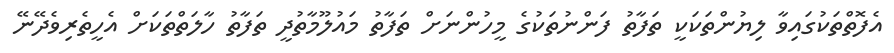
އެފޮތްތަކުގައިވާ ލިޔުންތަކަކީ ތަފާތު ފަންނުތަކުގެ މީހުންނަށް ތަފާތު މައުލޫމާތުދީ ތަފާތު ހާލަތްތަކަށް އެހީތެރިވެދޭނޭ